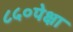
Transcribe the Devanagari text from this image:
८५०पेक्षा